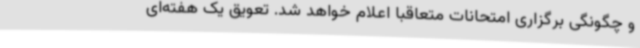
و چگونگی برگزاری امتحانات متعاقباً اعلام خواهد شد. تعویق یک هفته‌ای